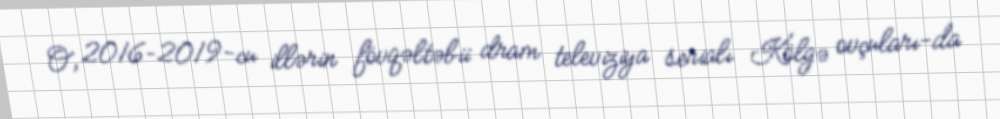
O, 2016–2019-cu illərin fövqəltəbii dram televiziya serialı Kölgə ovçuları-da